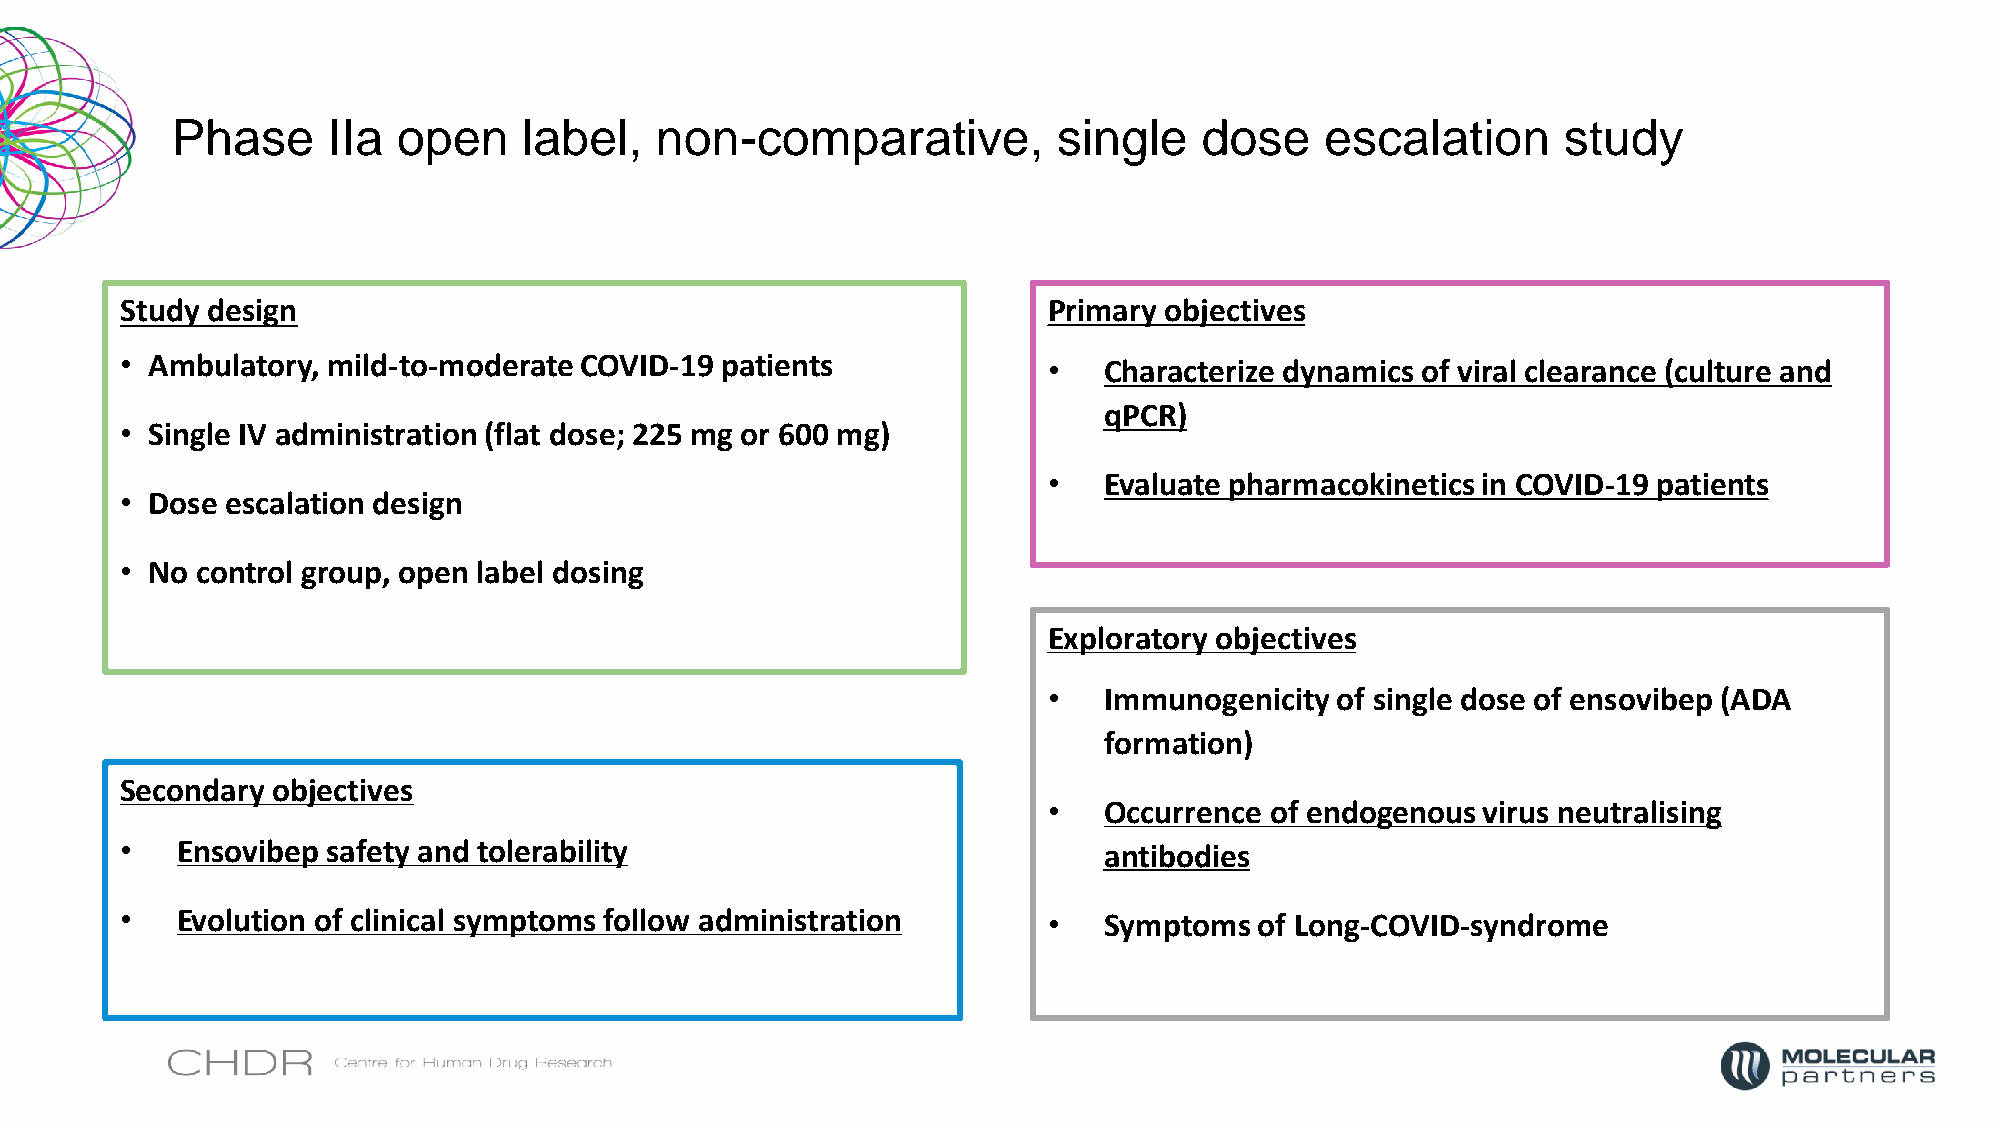
Phase      IIa open     label,  non-comparative,           single    dose    escalation     study
 Study design                                                 Primary objectives
 • Ambulatory, mild-to-moderate COVID-19 patients             •   Characterize dynamics of viral clearance (culture and
 qPCR)
 • Single IV administration (flat dose; 225 mg or 600 mg)
 •   Evaluate pharmacokinetics in COVID-19 patients
 • Dose escalation design
 • No control group, open label dosing
 Exploratory objectives
 •   Immunogenicity of single dose of ensovibep (ADA
 formation)
 Secondary objectives
 •   Occurrence of endogenous virus neutralising
 •   Ensovibep safety and tolerability                            antibodies
 •   Evolution of clinical symptoms follow administration     •   Symptoms  of Long-COVID-syndrome